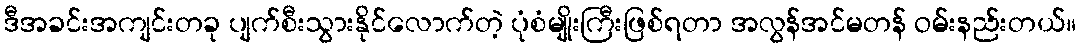
ဒီအခင်းအကျင်းတခု ပျက်စီးသွားနိုင်လောက်တဲ့ ပုံစံမျိုးကြီးဖြစ်ရတာ အလွန်အင်မတန် ဝမ်းနည်းတယ်။